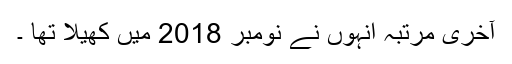
آخری مرتبہ انہوں نے نومبر 2018 میں کھیلا تھا ۔